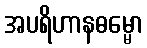
အပရိဟာနဓမ္မော